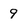
Character: 9